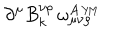
\partial ^ { \mu } B _ { k } ^ { \nu \rho } \, \omega _ { \mu \nu \rho } ^ { A \, \scriptscriptstyle { Y \! M } }